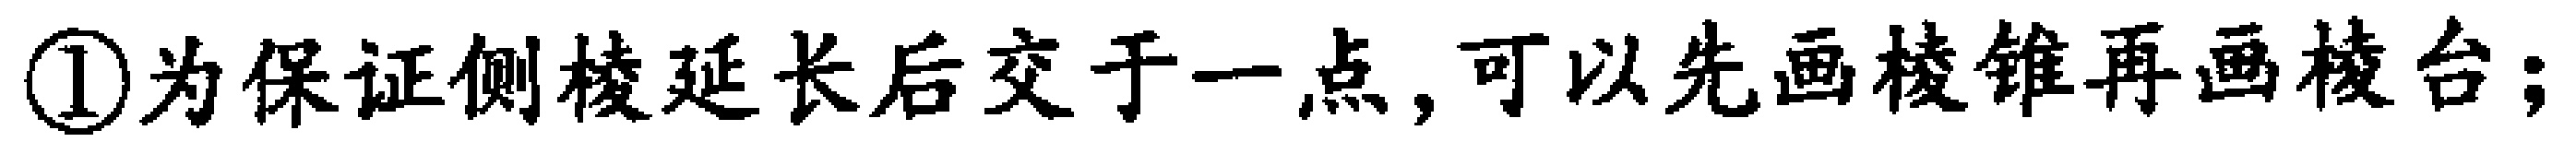
\textcircled{1}为保证侧棱延长后交于一点,可以先画棱锥再画棱台;